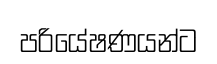
පරියේෂණයන්ට